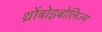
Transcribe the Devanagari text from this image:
थ्रोंबोइबोलिज्म